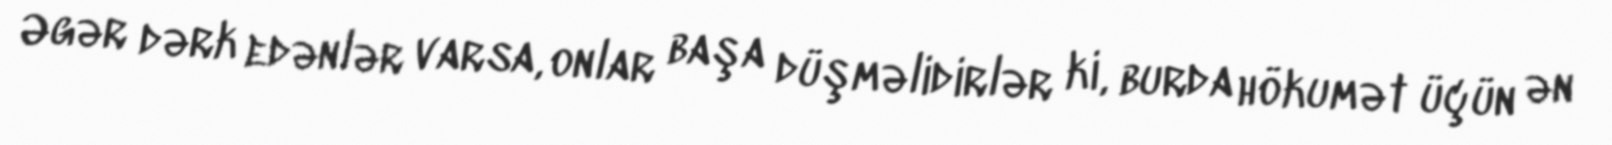
Əgər dərk edənlər varsa, onlar başa düşməlidirlər ki, burda hökumət üçün ən